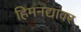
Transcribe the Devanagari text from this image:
हिमनद्यांवर